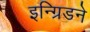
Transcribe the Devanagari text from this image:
इन्ग्रिडने